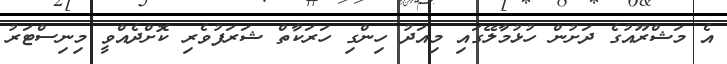
އެ މަޝްރޫއުގެ ދަށުން ހުޅުމާލޭގައި މިއަދު ހިންގި ހަރަކާތް ޝަރަފުވެރި ކޮށްދެއްވީ މިނިސްޓަރު